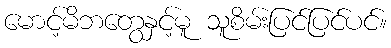
မောင့်မိဘတွေနှင့်မူ သူစိမ်းပြင်ပြင်ပင်။